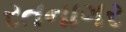
રતનાગર